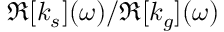
\Re [ k _ { s } ] ( \omega ) / \Re [ k _ { g } ] ( \omega )